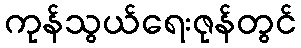
ကုန်သွယ်ရေးဇုန်တွင်